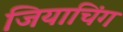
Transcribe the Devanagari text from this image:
जियाचिंग